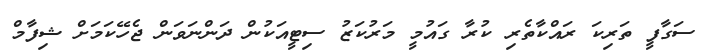
ސަގާފީ ތަރިކަ ރައްކާތެރި ކުރާ ގައުމީ މަރުކަޒު ސިޓީއަކުން ދަންނަވަން ޖެހޭކަމަށް ޝިފާމް